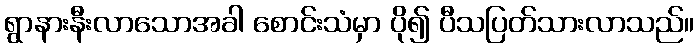
ရွာနားနီးလာသောအခါ စောင်းသံမှာ ပို၍ ပီသပြတ်သားလာသည်။